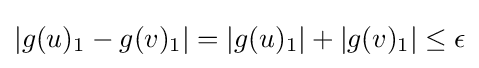
|g(u)_{1}-g(v)_{1}|=|g(u)_{1}|+|g(v)_{1}|\leq \epsilon